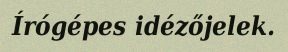
Írógépes idézőjelek.